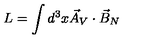
L = \int d ^ { 3 } x \vec { A } _ { V } \cdot \vec { B } _ { N }